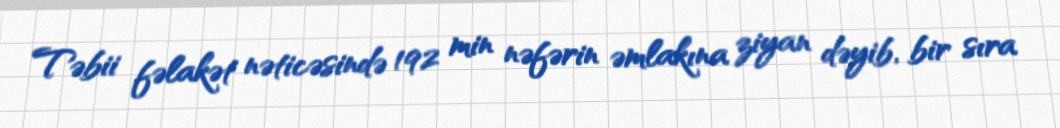
Təbii fəlakət nəticəsində 192 min nəfərin əmlakına ziyan dəyib, bir sıra